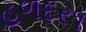
હળદર૧